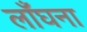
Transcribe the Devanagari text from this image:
लाँघना